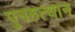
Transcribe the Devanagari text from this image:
पुनरुत्‍थान